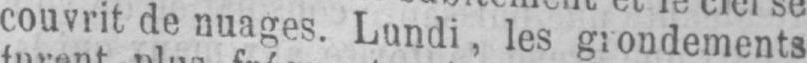
couvrit denuages. Lundi, les grondements